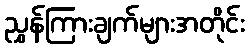
ညွှန်ကြားချက်များအတိုင်း